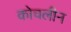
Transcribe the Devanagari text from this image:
कोचलीन